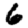
Digit: 6